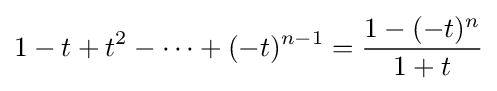
1-t+t^{2}-\cdots +(-t)^{n-1}={\frac {1-(-t)^{n}}{1+t}}